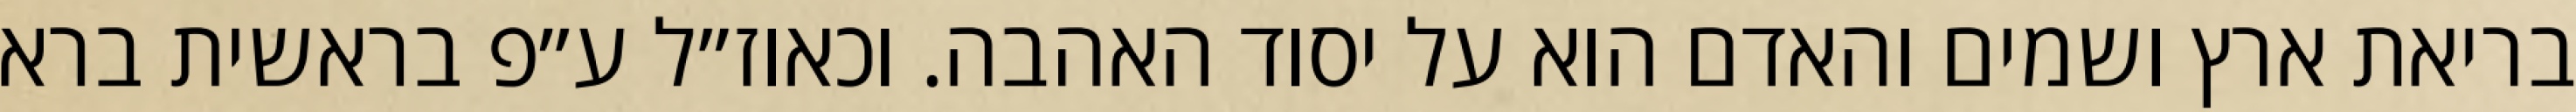
בריאת ארץ ושמים והאדם הוא על יסוד האהבה. וכאוז״ל ע״פ בראשית ברא